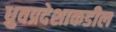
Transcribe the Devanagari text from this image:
ध्रुवप्रदेशाकडील